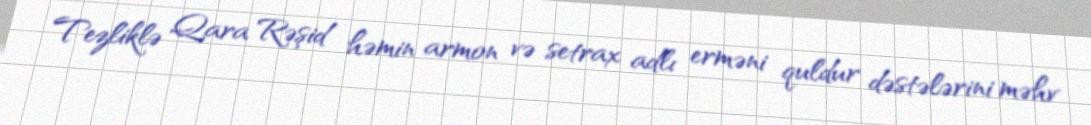
Tezliklə Qara Rəşid həmin armon və setrax adlı erməni quldur dəstələrini məhv